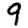
Digit: 9